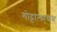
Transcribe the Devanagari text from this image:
गोट्टालायब